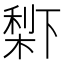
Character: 𣗱